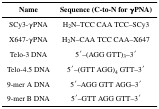
<table><thead><tr><td><b>Name</b></td><td><b>Sequence (C-to-N for γPNA)</b></td></tr></thead><tbody><tr><td>SCy3-γPNA</td><td>H<sub>2</sub>N–TCC CAA TCC–SCy3</td></tr><tr><td>X647-γPNA</td><td>H<sub>2</sub>N–CAA TCC CAA–X647</td></tr><tr><td>Telo-3 DNA</td><td>5′–(AGG GTT)<sub>3</sub>–3′</td></tr><tr><td>Telo-4.5 DNA</td><td>5′–(GTT AGG)<sub>4</sub> GTT–3′</td></tr><tr><td>9-mer A DNA</td><td>5′–AGG GTT AGG–3′</td></tr><tr><td>9-mer B DNA</td><td>5′–GTT AGG GTT–3′</td></tr></tbody></table>